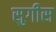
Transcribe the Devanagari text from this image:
सुगीस